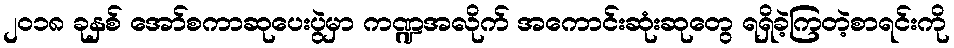
၂၀၁၈ ခုနှစ် အော်စကာဆုပေးပွဲမှာ ကဏ္ဍအလိုက် အကောင်းဆုံးဆုတွေ ရရှိခဲ့ကြတဲ့စာရင်းကို